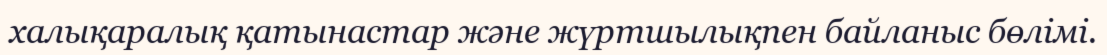
халықаралық қатынастар және жүртшылықпен байланыс бөлімі.